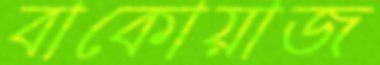
বাকোয়াজ